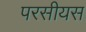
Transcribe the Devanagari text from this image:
परसीयस